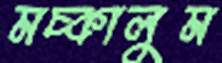
মচ্‌কালুম